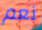
نعم